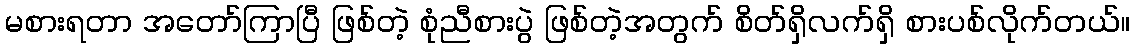
မစားရတာ အတော်ကြာပြီ ဖြစ်တဲ့ စုံညီစားပွဲ ဖြစ်တဲ့အတွက် စိတ်ရှိလက်ရှိ စားပစ်လိုက်တယ်။